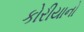
કોરીયાનો